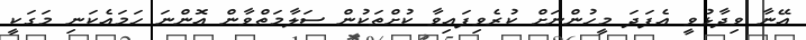
އޭނާ ވިދާޅުވީ އެފަދަ މީހުންނަށް ކުރެވިފައިވާ ކުށްތަކުން ސަލާމަތްވާން އޮންނަ ހަމައެކަނި މަގަކީ